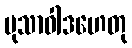
မုသာဝါဒဟေတု